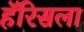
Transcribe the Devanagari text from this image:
हॅरिसला